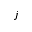
j